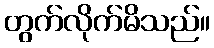
တွက်လိုက်မိသည်။